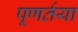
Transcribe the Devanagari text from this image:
पूणर्तया